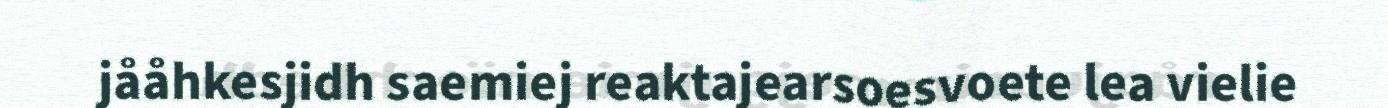
jååhkesjidh saemiej reaktajearsoesvoete lea vielie